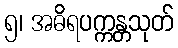
၅၊ အဓိရပက္ကန္တသုတ်